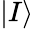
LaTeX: \left|{I}\right\rangle